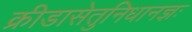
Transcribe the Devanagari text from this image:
क्रीडासेतुनिधानज्ञः